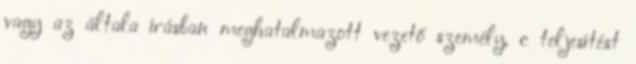
vagy az általa írásban meghatalmazott vezető személy, c teljesítést